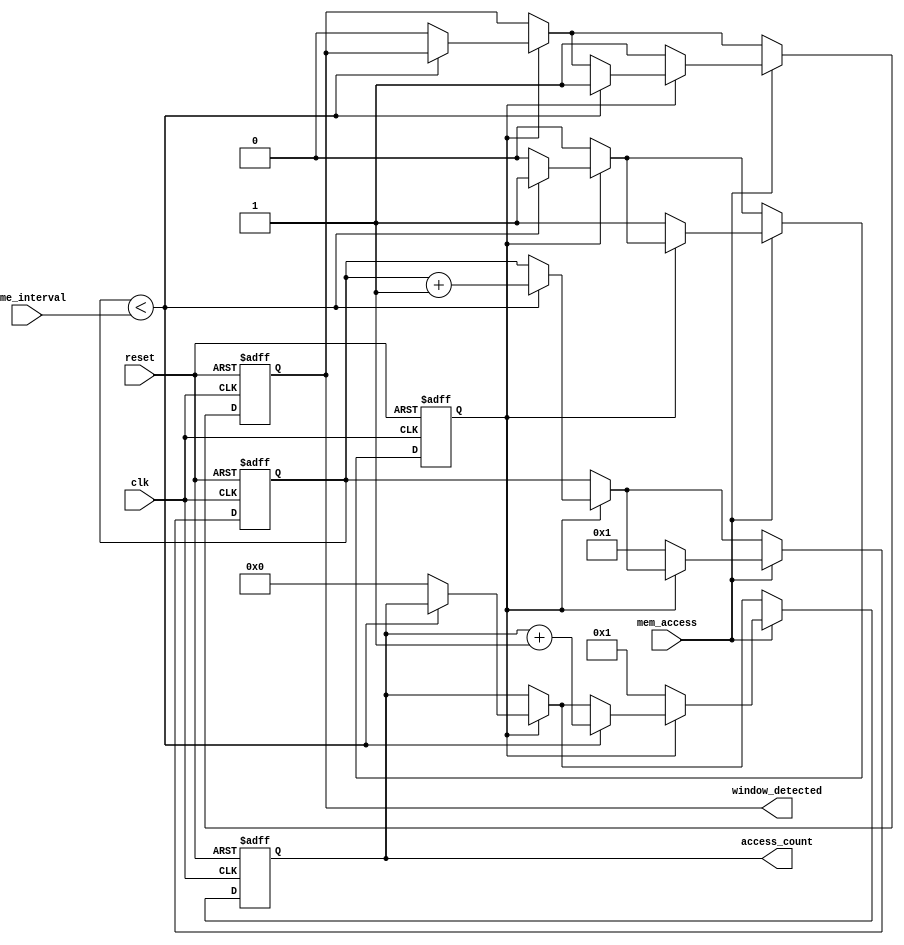
module memory_blocks_time_window_detector (
    input wire clk,
    input wire reset,
    input wire mem_access,
    input wire [3:0] time_interval, // Configurable time window in clock cycles
    output reg window_detected,
    output reg [7:0] access_count // Assuming a maximum of 255 accesses
);

    // Internal signals
    reg [3:0] counter; // Counter for the time interval
    reg counting; // State to indicate if we are counting

    // Asynchronous reset and initialization
    always @(posedge clk or posedge reset) begin
        if (reset) begin
            counter <= 4'b0;
            access_count <= 8'b0;
            window_detected <= 1'b0;
            counting <= 1'b0;
        end else begin
            if (counting) begin
                if (counter < time_interval) begin
                    counter <= counter + 1; // Increment counter
                end else begin
                    // Time window expired
                    counting <= 1'b0;
                    access_count <= 8'b0; // Reset access count
                    window_detected <= 1'b0; // Clear window detected
                end
            end
            
            // Memory access detection
            if (mem_access) begin
                if (!counting) begin
                    // Start counting when the first access is detected
                    counting <= 1'b1;
                    counter <= 4'b1; // Start from 1 since we just detected an access
                    access_count <= 8'b1; // Initialize access count
                    window_detected <= 1'b1; // Set window detected
                end else begin
                    // Increment access count if already counting
                    if (counter < time_interval) begin
                        access_count <= access_count + 1; // Increment access count
                        window_detected <= 1'b1; // Keep window detected high
                    end
                end
            end
        end
    end

endmodule